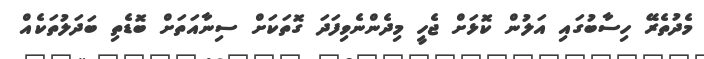
މެދުތެރޭ ހިސާބުގައި އަލުން ކޮޅަށް ޖެހީ މިދެންނެވިފަދަ ގޮތަކަށް ސިނާއަތަށް ބޮޑެތި ބަދަލުތަކެއް